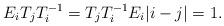
LaTeX: \begin{align*} E_i T_jT_i^{-1} = T_jT_i^{-1}E_i \vert i-j\vert =1. \end{align*}